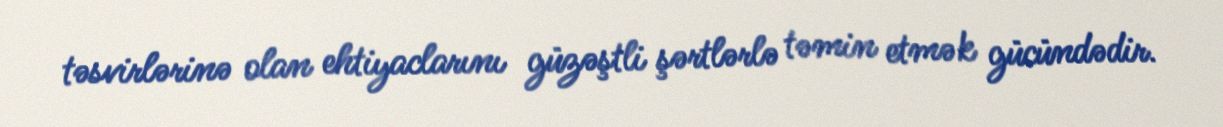
təsvirlərinə olan ehtiyaclarını güzəştli şərtlərlə təmin etmək gücündədir.